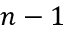
n - 1